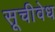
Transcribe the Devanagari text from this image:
सूचीवेध